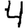
Digit: 4